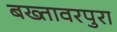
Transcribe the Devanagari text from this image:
बख्तावरपुरा